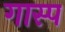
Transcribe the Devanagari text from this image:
गास्प